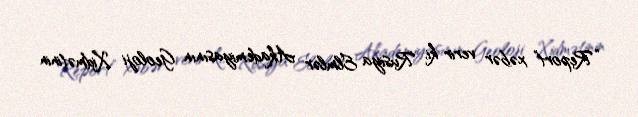
“Report” xəbər verir ki, Rusiya Elmlər Akademiyasının Geoloji Xidmətinin